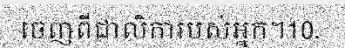
ចេញពីជាលិការបស់អ្នក។10.